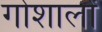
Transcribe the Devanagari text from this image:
गोशालों